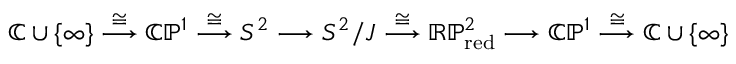
{ \mathbb C } \cup \{ \infty \} \stackrel { \cong } { \longrightarrow } { \mathbb C } { \mathbb P } ^ { 1 } \stackrel { \cong } \longrightarrow S ^ { 2 } \longrightarrow S ^ { 2 } / J \stackrel { \cong } \longrightarrow { \mathbb R } { \mathbb P } _ { \mathrm { r e d } } ^ { 2 } \longrightarrow { \mathbb C } { \mathbb P } ^ { 1 } \stackrel { \cong } \longrightarrow { \mathbb C } \cup \{ \infty \}